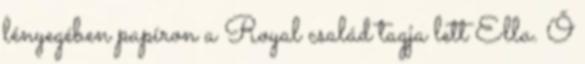
lényegében papíron a Royal család tagja lett Ella. Ő